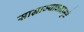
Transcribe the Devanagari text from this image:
साम्राज्यावादामुळे